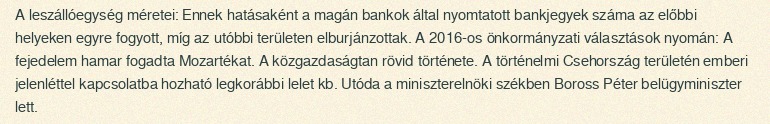
A leszállóegység méretei: Ennek hatásaként a magán bankok által nyomtatott bankjegyek száma az előbbi helyeken egyre fogyott, míg az utóbbi területen elburjánzottak. A 2016-os önkormányzati választások nyomán: A fejedelem hamar fogadta Mozartékat. A közgazdaságtan rövid története. A történelmi Csehország területén emberi jelenléttel kapcsolatba hozható legkorábbi lelet kb. Utóda a miniszterelnöki székben Boross Péter belügyminiszter lett.